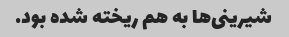
شیرینی‌ها به هم ریخته شده بود.